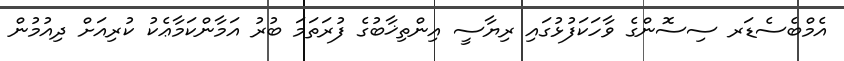
އެމްބެސެޑަރ ސިސޮންގެ ވާހަކަފުޅުގައި ރިޔާސީ އިންތިޚާބުގެ ފުރަތަމަ ބުރު އަމާންކަމާޢެކު ކުރިއަށް ދިއުމުން